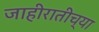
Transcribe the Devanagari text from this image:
जाहीरातीच्या